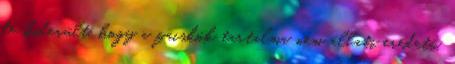
de kiderült, hogy a zacskók tartalma nem állati eredetű.